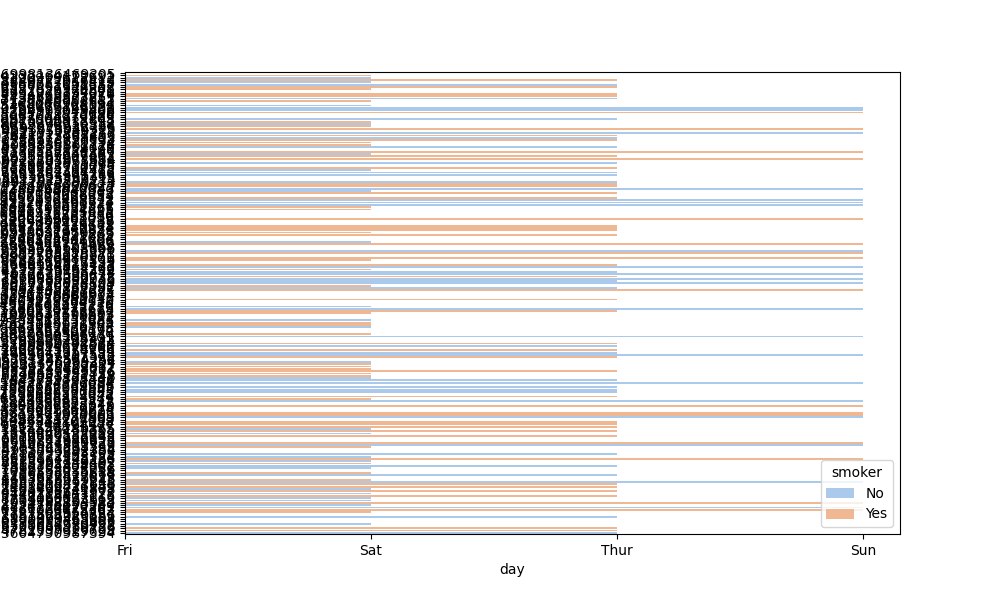
python, seaborn, barplot, hue='smoker', palette='pastel', ci=95, orient='h'